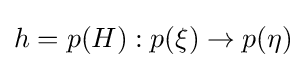
h=p(H):p(\xi )\to p(\eta )